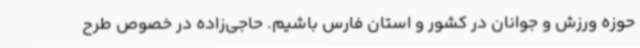
حوزه ورزش و جوانان در کشور و استان فارس باشیم. حاجی‌زاده در خصوص طرح